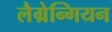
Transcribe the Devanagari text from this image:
लैग्रेन्गियन